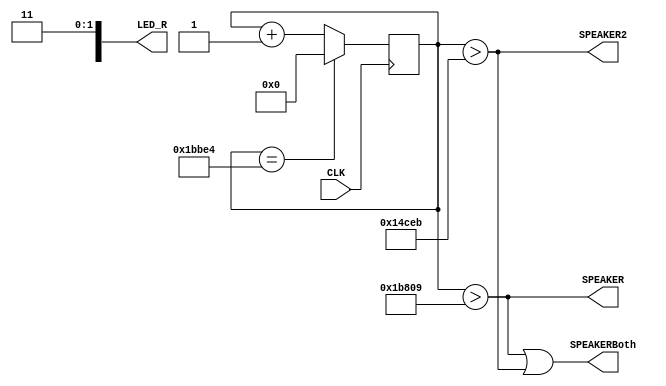

module test (
input wire CLK, // 50MHz input clock
output wire SPEAKER,
output wire SPEAKER2,
output wire SPEAKERBoth,
output wire [9:0] LED_R
);

reg [31:0] cnt = 0;
reg [31:0] cnt2 = 0;
reg freq = 0;
reg freq2 = 0;
reg [31:0] LEDcnt = 0;
reg [31:0] LEDcnt2 = 0;
reg LEDfreq1 = 1;
reg LEDfreq2 = 1;
/*
initial begin
	cnt <= 32'h00000000;
	cnt2 <= 32'h00000000;
	freq <= 0;
	freq2 <= 0;
	LEDcnt <= 0;
	LEDfreq <= 0;
end
*/
always @(posedge CLK) begin
	if(cnt == 113636)
		cnt <= 0;
	else
		cnt <= cnt+1;
		
	if(cnt2 == 160706)
		cnt2 <= 0;
	else
		cnt2 <= cnt2+1;
end

/*
always @(posedge CLK) begin
	if(cnt == 0)
		freq <= ~freq;
	if(cnt2 == 0)
		freq2 <= ~freq2;
end


always @(posedge CLK) begin
	if(LEDcnt == 440) begin
		LEDfreq <= ~LEDfreq;
		LEDcnt <= 0;
	end
	else if(cnt == 0)
		LEDcnt <= LEDcnt+1;

	if(LEDcnt2 == 311) begin
		LEDfreq2 <= ~LEDfreq2;
		LEDcnt2 <= 0;
	end
	else if(cnt2 == 0)
		LEDcnt2 <= LEDcnt2+1;
end

*/

assign f1 = cnt > 113636/128*127;
assign f2 = cnt > 113636/4*3;

assign SPEAKER = f1;
assign SPEAKER2 = f2;
assign SPEAKERBoth = f1 | f2;
assign LED_R[0] = LEDfreq1;
assign LED_R[1] = LEDfreq2;

endmodule